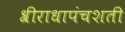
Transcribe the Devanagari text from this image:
श्रीराधापंचशती